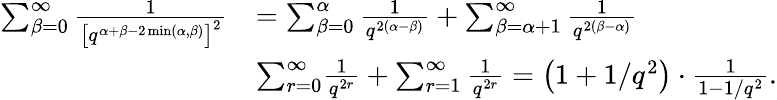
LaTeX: \begin{array}{rl}{\sum_{\beta=0}^{\infty}\frac{1}{\left[q^{\alpha+\beta-2\operatorname*{min}(\alpha,\beta)}\right]^{2}}}&{=\sum_{\beta=0}^{\alpha}\frac{1}{q^{2(\alpha-\beta)}}+\sum_{\beta=\alpha+1}^{\infty}\frac{1}{q^{2(\beta-\alpha)}}}\\ &{\le\sum_{r=0}^{\infty}\frac{1}{q^{2r}}+\sum_{r=1}^{\infty}\frac{1}{q^{2r}}=\left(1+1/q^{2}\right)\cdot\frac{1}{1-1/q^{2}}.}\end{array}